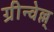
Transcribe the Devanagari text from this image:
ग्रीन्वेल्ल्